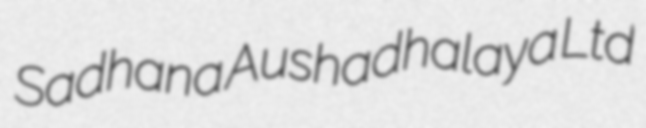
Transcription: Sadhana Aushadhalaya Ltd